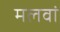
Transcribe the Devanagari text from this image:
मलवां